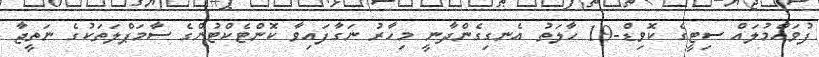
ފުވައްމުލައް ސިޓީގެ ކޮވިޑް-19 ހާލަތު އެނގިގެންދާނީ މިހާރު ނަގާފައިވާ ކޮންޓެކްޓުންގެ ސާމަޕްލަތަކުގެ ނަތީޖާ